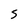
Character: 5